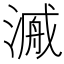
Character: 𱨍